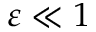
\varepsilon \ll 1